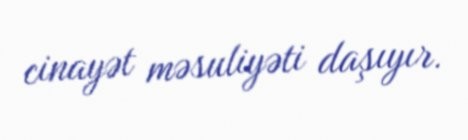
cinayət məsuliyəti daşıyır.